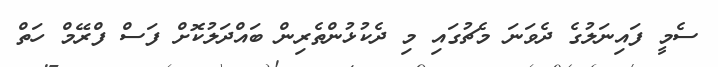
ސެމީ ފައިނަލުގެ ދެވަނަ މެޗުގައި މި ދެކުޅުންތެރިން ބައްދަލުކޮށް ފަސް ފްރޭމް ހަތް